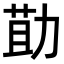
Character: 𭄳